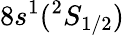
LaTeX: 8s^{1}(^{2}S_{1/2})